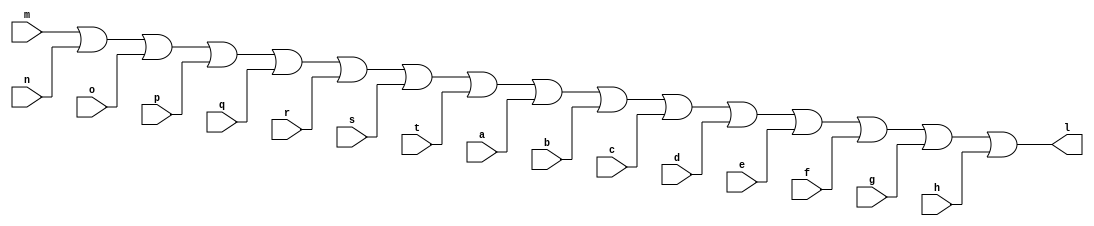
module mux16_16x1_or(l, m, n, o, p, q, r, s, t, a, b, c, d, e, f, g, h);
	output [15:0]l;
	input [15:0]m, n, o, p, q, r, s, t, a, b, c, d, e, f, g, h;
assign l = m | n | o | p | q | r | s | t| a | b | c | d | e | f | g | h;
endmodule